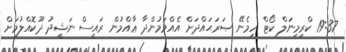
19:37 ކްރިމިނަލް ކޯޓް ހިމެނޭ ޞަރަޙައްދަށް އެއްވަމުންދާ ޢާއްމުން ރައީސް ނަޝީދު ދޫކޮއްލުމަށް